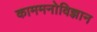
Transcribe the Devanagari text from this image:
काममनोविज्ञान